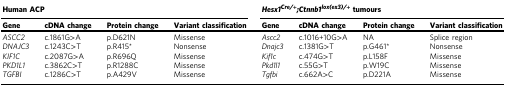
| <COLSPAN=4> Human ACP | <COLSPAN=4> Hesx1Cre/+;Ctnnb1lox(ex3)/+ tumours |
 | Gene | cDNA change | Protein change | Variant classification | Gene | cDNA change | Protein change | Variant classification |
 | --- | --- | --- | --- | --- | --- | --- | --- |
 | ASCC2 | c.1861G>A | p.D621N | Missense | Ascc2 | c.1016+10G>A | NA | Splice region |
 | DNAJC3 | c.1243C>T | p.R415* | Nonsense | Dnajc3 | c.1381G>T | p.G461* | Nonsense |
 | KIF1C | c.2087G>A | p.R696Q | Missense | Kif1c | c.474G>T | p.L158F | Missense |
 | PKD1L1 | c.3862C>T | p.R1288C | Missense | Pkd1l1 | c.55G>T | p.W19C | Missense |
 | TGFBI | c.1286C>T | p.A429V | Missense | Tgfbi | c.662A>C | p.D221A | Missense |